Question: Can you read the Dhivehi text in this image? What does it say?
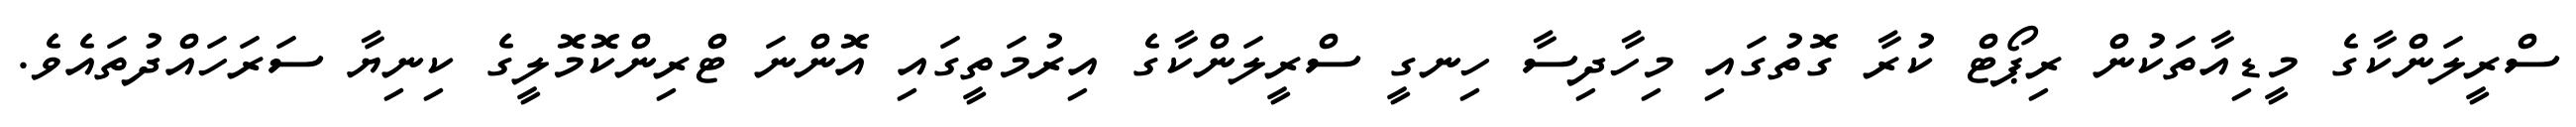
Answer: ސްރީލަންކާގެ މީޑިއާތަކުން ރިޕޯޓް ކުރާ ގޮތުގައި މިހާދިސާ ހިނގީ ސްރީލަންކާގެ އިރުމަތީގައި އޮންނަ ޓްރިންކޮމޮލީގެ ކިނިޔާ ސަރަހައްދުތައެވެ.